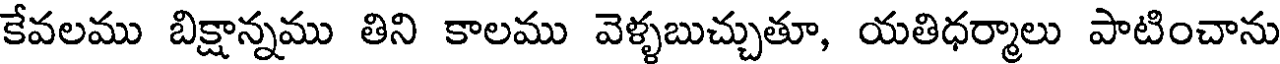
కేవలము బిక్షాన్నము తిని కాలము వెళ్ళబుచ్చుతూ, యతిధర్మాలు పాటించాను